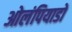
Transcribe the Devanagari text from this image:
ओलंपियाडों